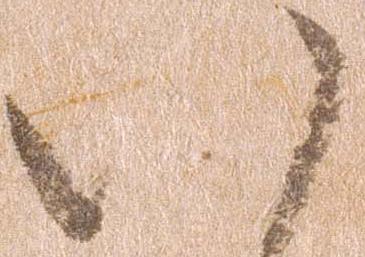
八